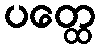
ပတ္ထေ